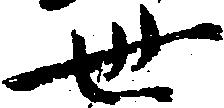
世